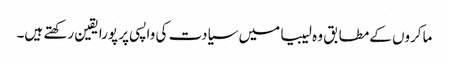
ماکروں کےمطابق وہ لیبیا میں سیادت کی واپسی پر پورا یقین رکھتے ہیں۔